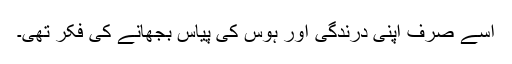
اسے صرف اپنی درندگی اور ہوس کی پیاس بجھانے کی فکر تھی۔